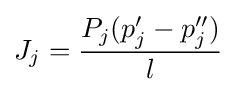
J_{j}={\frac {P_{j}(p_{j}'-p_{j}'')}{l}}